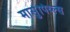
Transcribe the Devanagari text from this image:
मार्सुपिय्ल्स